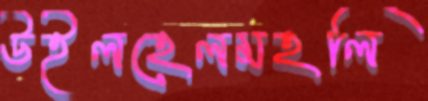
উইলহেলমহলি